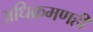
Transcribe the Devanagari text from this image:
अधिक्रमणही